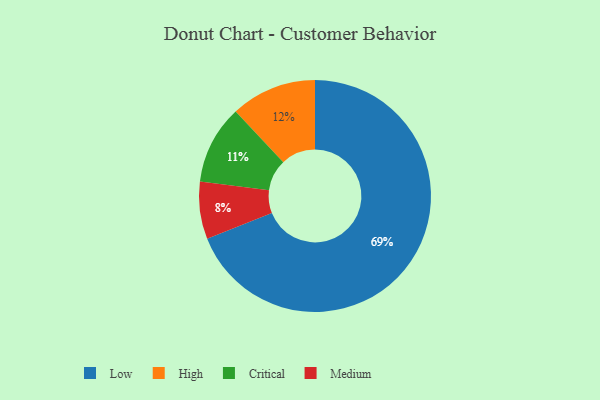
{"axis": {"x": "Category", "y": "Percentage"}, "legend": ["Critical", "High", "Low", "Medium"], "data": [{"x": "Medium", "y": 8, "type": "Medium"}, {"x": "High", "y": 12, "type": "High"}, {"x": "Low", "y": 69, "type": "Low"}, {"x": "Critical", "y": 11, "type": "Critical"}]}